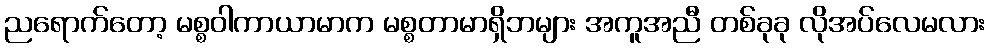
ညရောက်တော့ မစ္စဝါကာယာမာက မစ္စတာမာရှိဘများ အကူအညီ တစ်ခုခု လိုအပ်လေမလား